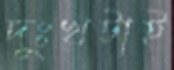
দুঃখটাই